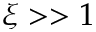
\xi > > 1